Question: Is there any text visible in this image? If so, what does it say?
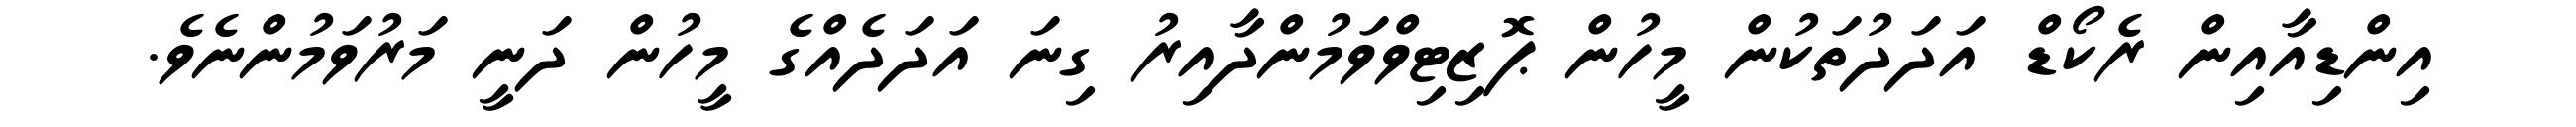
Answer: އިންޑިއާއިން ރެކޯޑް އަދަދުތަކުން މީހުން ޕޮޒިޓިވްވަމުންދާއިރު ގިނަ އަދަދެއްގެ މީހުން ދަނީ މަރުވަމުންނެވެ.